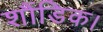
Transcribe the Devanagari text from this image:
शौंडिक।